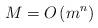
LaTeX: \begin{align*}M_{} = O\left( m^n \right)\end{align*}